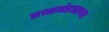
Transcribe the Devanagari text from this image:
प्रभामंडलाच्या